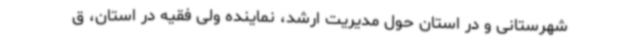
شهرستانی و در استان حول مدیریت ارشد، نماینده ولی فقیه در استان، ق